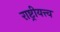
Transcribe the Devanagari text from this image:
राष्ट्रीयत्त्व